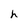
Character: h